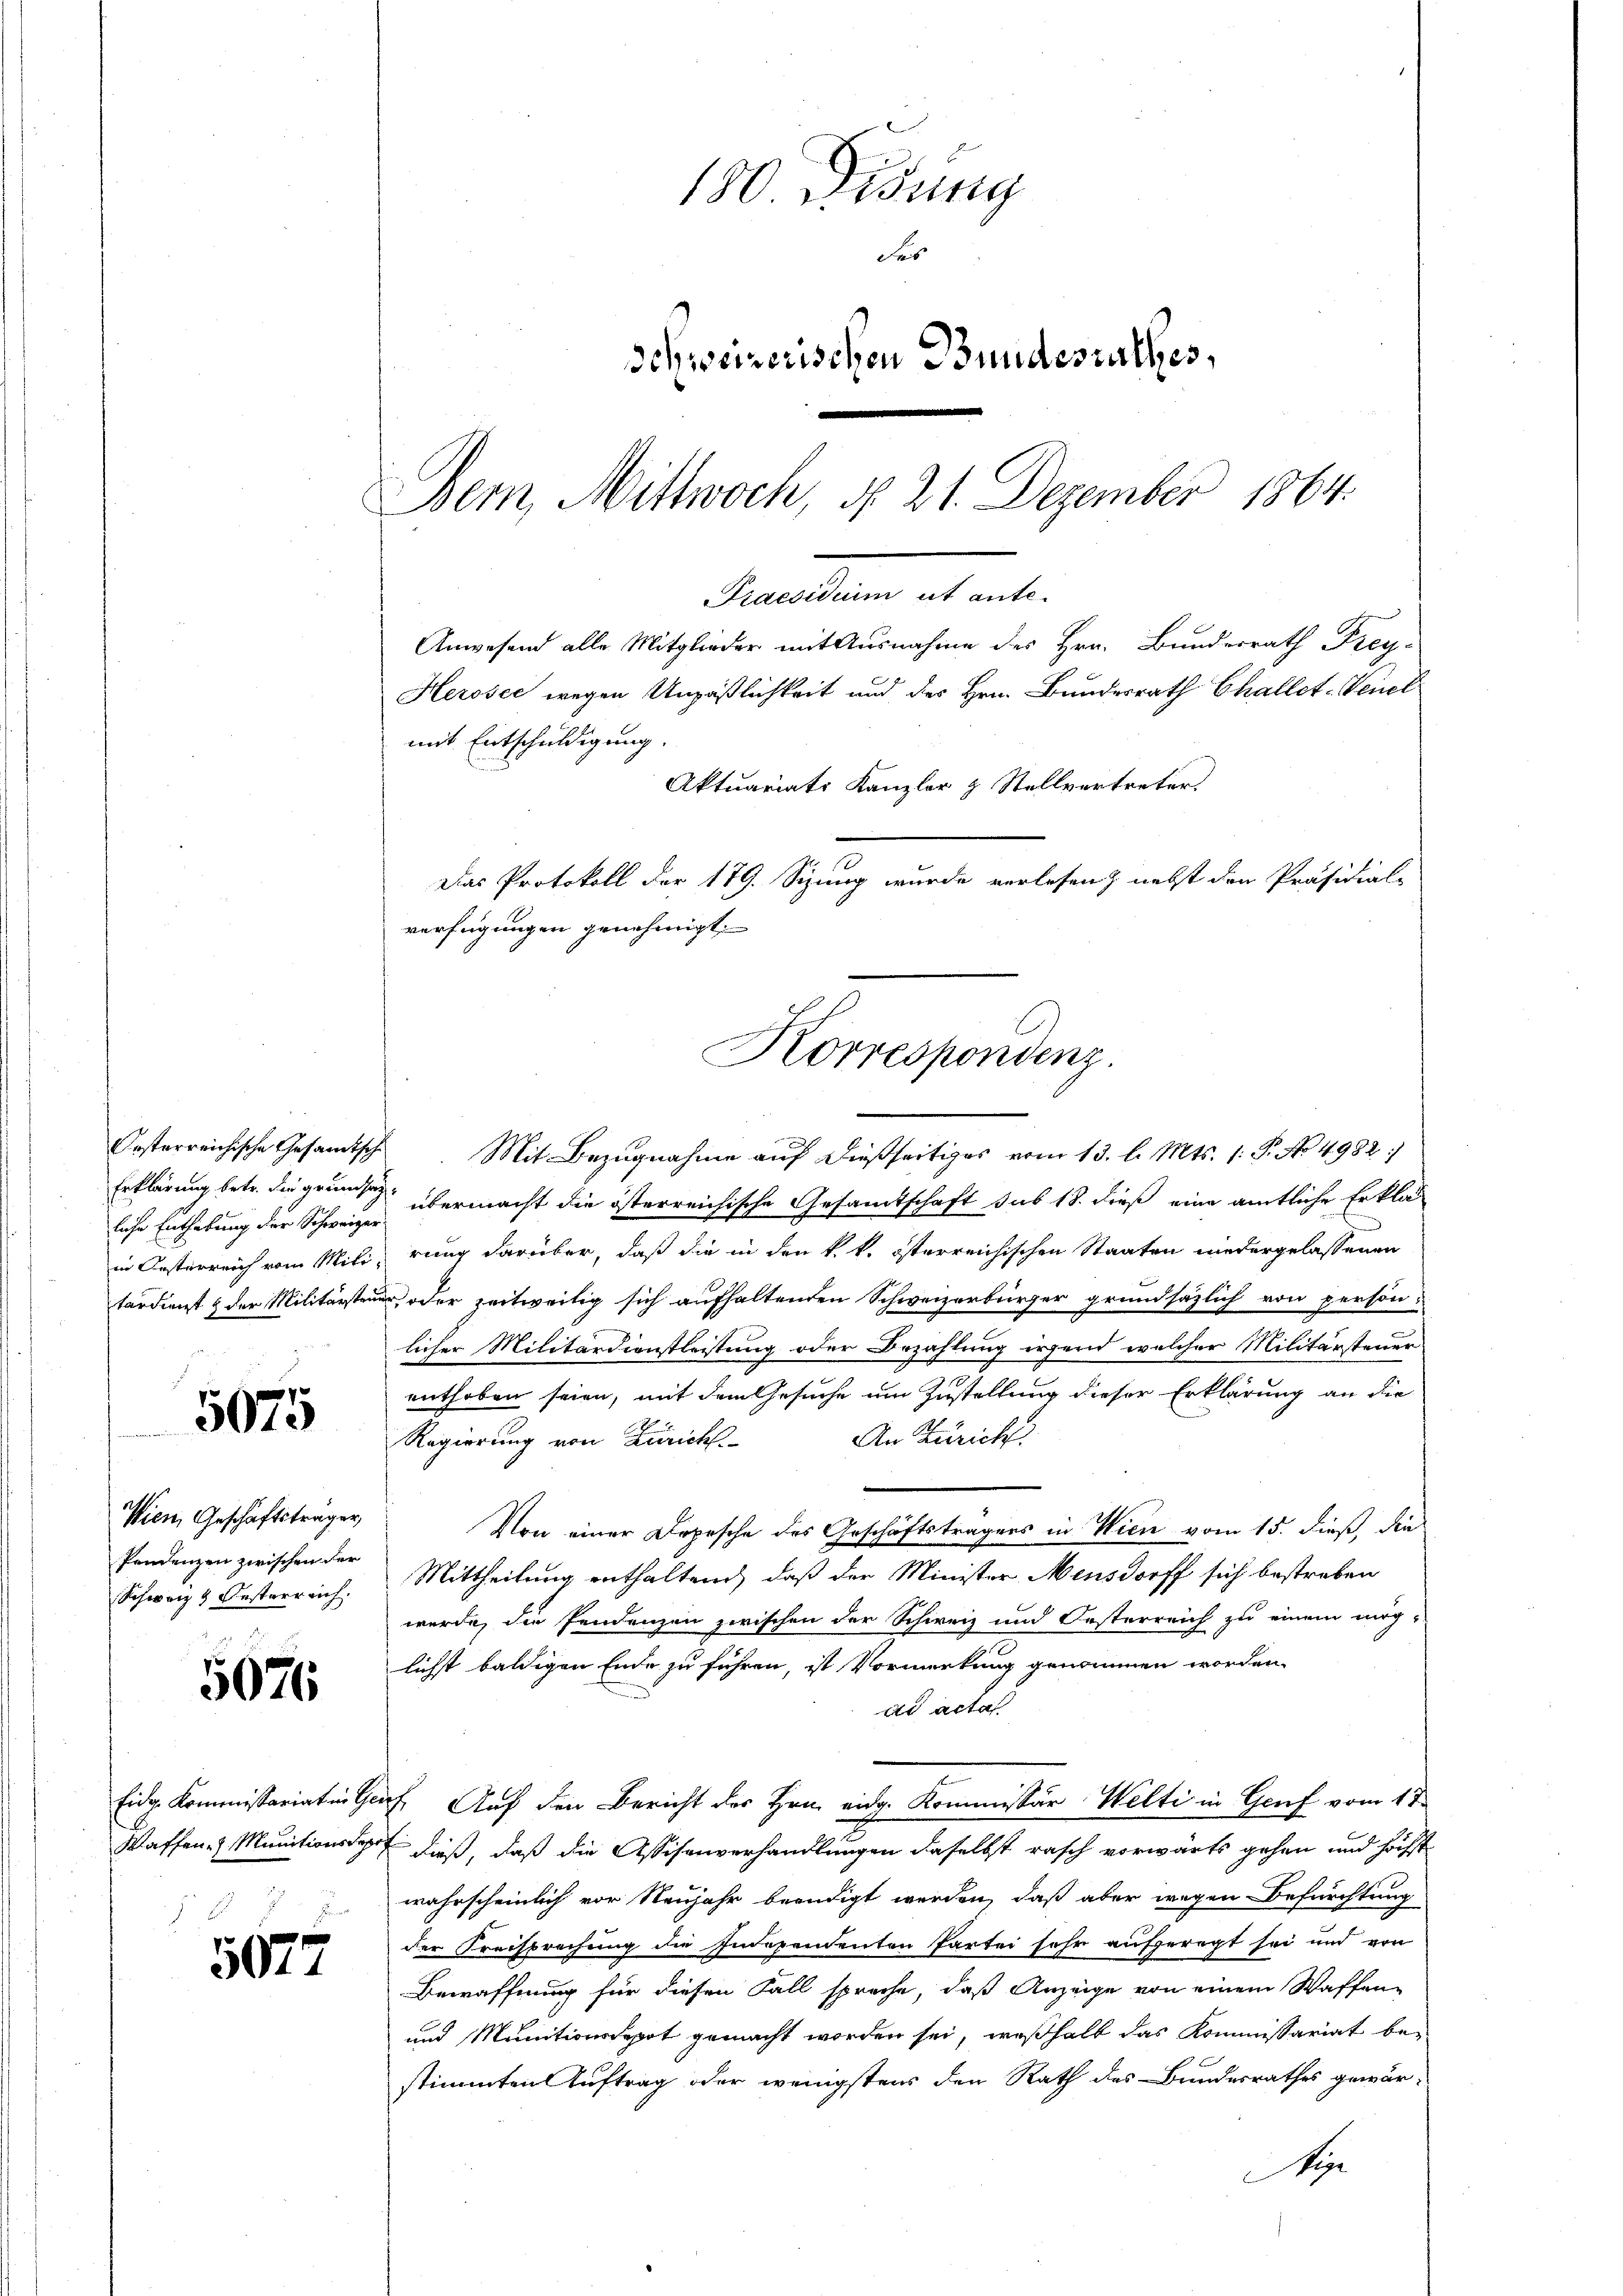
Oesterreichische Gesandtsche
Erklärung betr. die grundhei
liche Enthebung der Schweizer¬

5075

Wien Geschäftsträger,
Pendenzen zwischen der
Schweiz & Oesterreich.

5076

2

5077

180. Didung
Fes
Schweizerischen Bundesrathes,
Bem, Mittwoch, § 21. Dezember 1864.

Semesten et ent
Anwesend alle Mitglieder mit Ausnahme des Hrn. Bundesrath Frey¬

mit Entschuldigung.
Aktuariats Kanzler & Stellvertreter,
Das Protokoll der 179. Sizung wurde verlesen, nebst den Präsidial-
verfügungen genehmigt.

Mit Bezugnahme auf dießseitiges vom 13. l. Mts. 1. P. No 4982.
übermacht die österreichische Gesamtschaft sub 18. dieß eine amtliche Erklär
in Oesterreich vom Mili, rung darüber, daß die in den k. k. österreichischen Staaten niedergelassenen
tärdient & der Militärsten oder zeitweilig sich aufhaltenden Schweizerbürger grundsätzlich von persön-
licher Militärdienstleistung oder Bezahlung irgend welcher Militärsteuer
enthoben seien, mit dem Gesuche um Zustellung dieser Erklärung an die
An Zürich
Regierung von Zürichs
Von einer Depesche des Geschäftsträgers in Wien vom 15. dieß, die
Mittheilung enthaltend, daß der Minister Mensdorff sich bestreben
werde, die Pendenzen zwischen der Schweiz und Oesterreich zu einem mög-
lichst baldigen Ende zu führen, ist Vormerkung genommen worden.
ad acta.
Eide Kommissariat in Graf. Auf den Bericht des Hrn. eidg. Kommissär Welti in Genf vom 1te
Waffen. Munitionsdepot dieß, daß die Assisenverhandlungen daselbst rasch vorwärts gehen und höchst
wahrscheinlich vor Neujahr beendigt werden, daß aber wegen Befürchtung
der Kreisbrechung die Independenten Partei sehr aufgeregt sei und von
Bewaffnung für diesen Fall spreche, daß Anzeige von einem Waffen
und Munitionsdepot gemacht worden sei, weßhalb das Kommissariat be-
stimmten Auftrag oder wenigstens den Rath des Bundesrathes gewär¬
Sip

Herosec wegen Unpäßlichkeit und des Hrn. Bundesrath Challet-Venel

Korrespondenz.